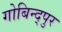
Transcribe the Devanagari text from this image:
गोबिन्द्पुर